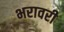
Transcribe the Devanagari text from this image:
भरावरी